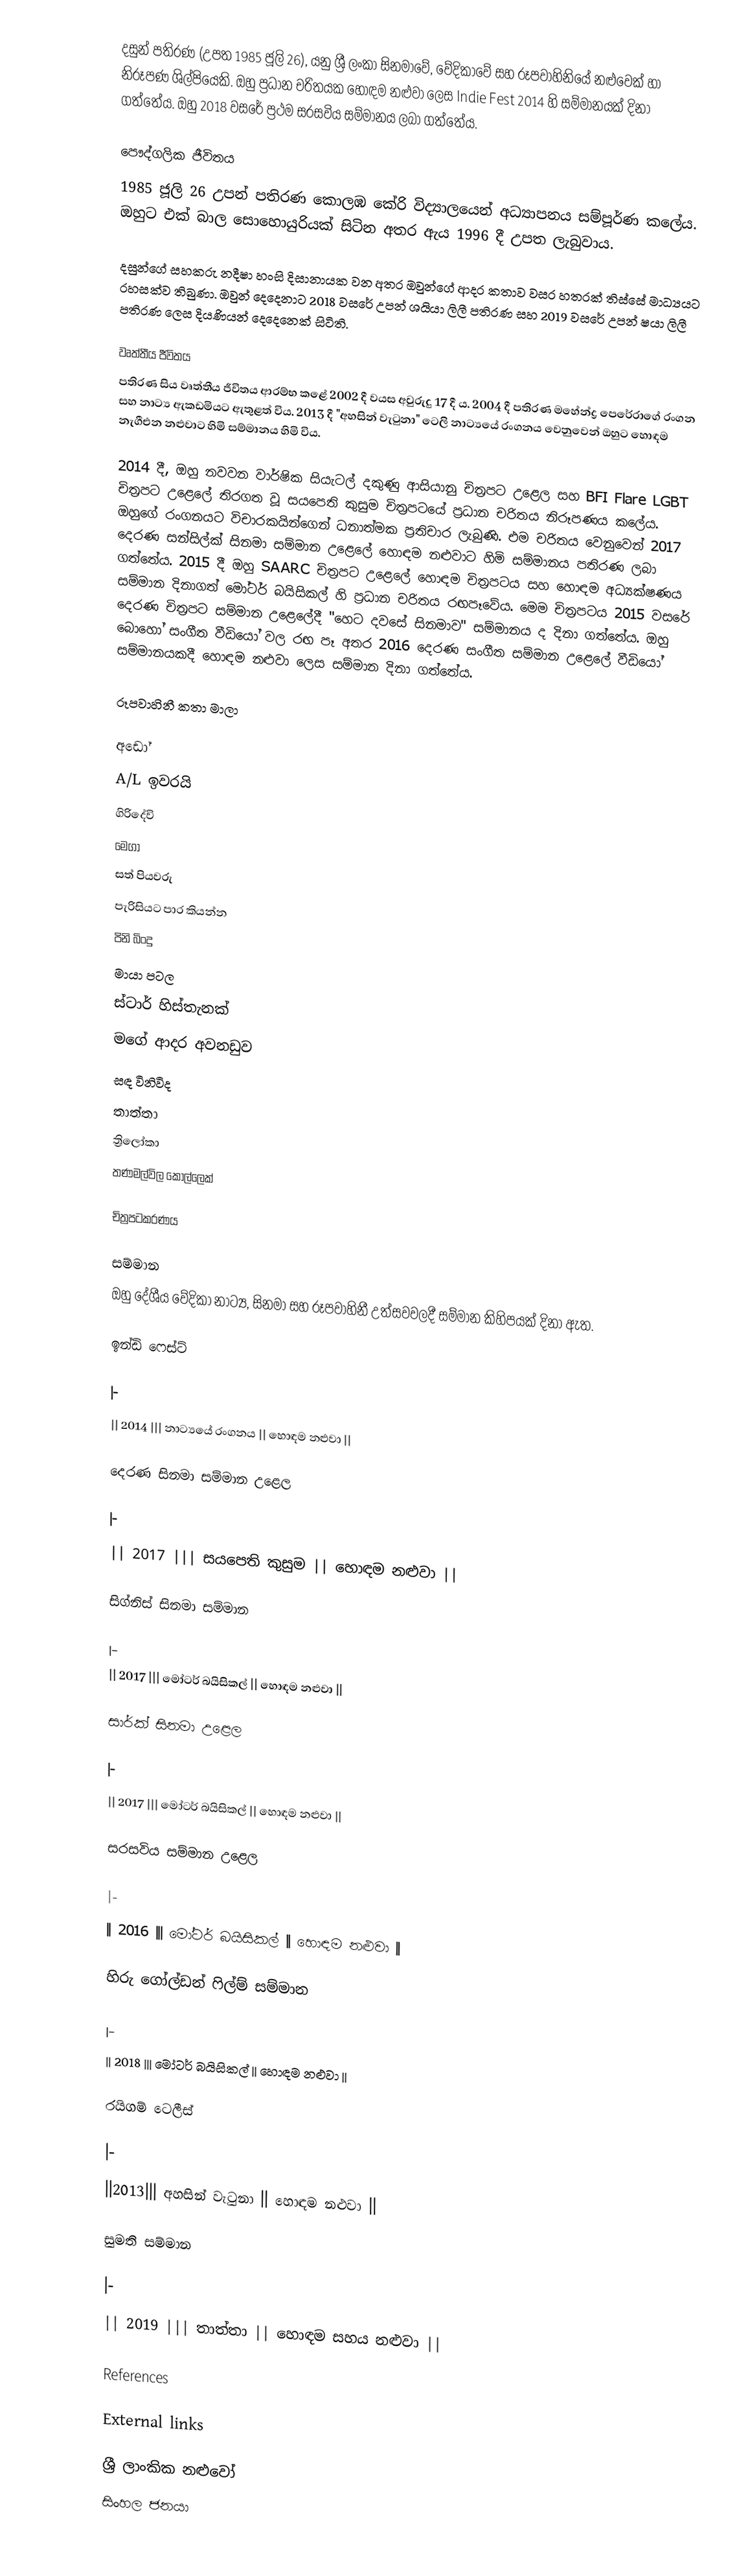
දසුන් පතිරණ (උපත 1985 ජූලි 26), යනු ශ්‍රී ලංකා සිනමාවේ, වේදිකාවේ සහ රූපවාහිනියේ නළුවෙක් හා නිරූපණ ශිල්පියෙකි. ඔහු ප්‍රධාන චරිතයක හොඳම නළුවා ලෙස Indie Fest 2014 හි සම්මානයක් දිනා ගත්තේය. ඔහු 2018 වසරේ ප්‍රථම සරසවිය සම්මානය ලබා ගත්තේය.

පෞද්ගලික ජීවිතය
1985 ජූලි 26 උපන් පතිරණ කොලඹ කේරි විද්‍යාලයෙන් අධ්‍යාපනය සම්පූර්ණ කලේය. ඔහුට එක් බාල සොහොයුරියක් සිටින අතර ඇය 1996 දී උපත ලැබුවාය.

දසුන්ගේ සහකරු නදීෂා හංසි දිසානායක වන අතර ඔවුන්ගේ ආදර කතාව වසර හතරක් තිස්සේ මාධ්‍යයට රහසක්ව තිබුණා. ඔවුන් දෙදෙනාට 2018 වසරේ උපන් ශයියා ලිලී පතිරණ සහ 2019 වසරේ උපන් ෂයා ලිලී පතිරණ ලෙස දියණියන් දෙදෙනෙක් සිටිති.

වෘත්තීය ජීවිතය
පතිරණ සිය වෘත්තීය ජීවිතය ආරම්භ කළේ 2002 දී වයස අවුරුදු 17 දී ය. 2004 දී පතිරණ මහේන්ද්‍ර පෙරේරාගේ රංගන සහ නාට්‍ය ඇකඩමියට ඇතුළත් විය. 2013 දී "අහසින් වැටුනා" ටෙලි නාට්‍යයේ රංගනය වෙනුවෙන් ඔහුට හොඳම නැගීඑන නළුවාට හිමි සම්මානය හිමි විය.

2014 දී, ඔහු නවවන වාර්ෂික සියැටල් දකුණු ආසියානු චිත්‍රපට උළෙල සහ BFI Flare LGBT චිත්‍රපට උළෙලේ තිරගත වූ සයපෙති කුසුම චිත්‍රපටයේ ප්‍රධාන චරිතය නිරූපණය කලේය. ඔහුගේ රංගනයට විචාරකයින්ගෙන් ධනාත්මක ප්‍රතිචාර ලැබුණි. එම චරිතය වෙනුවෙන් 2017 දෙරණ සන්සිල්ක් සිනමා සම්මාන උළෙලේ හොඳම නළුවාට හිමි සම්මානය පතිරණ ලබා ගත්තේය. 2015 දී ඔහු SAARC චිත්‍රපට උළෙලේ හොඳම චිත්‍රපටය සහ හොඳම අධ්‍යක්ෂණය සම්මාන දිනාගත් මෝටර් බයිසිකල් හි ප්‍රධාන චරිතය රඟපෑවේය. මෙම චිත්‍රපටය 2015 වසරේ දෙරණ චිත්‍රපට සම්මාන උළෙලේදී "හෙට දවසේ සිනමාව" සම්මානය ද දිනා ගත්තේය. ඔහු බොහෝ සංගීත වීඩියෝ වල රඟ පෑ අතර 2016 දෙරණ සංගීත සම්මාන උළෙලේ වීඩියෝ සම්මානයකදී හොඳම නළුවා ලෙස සම්මාන දිනා ගත්තේය.

රූපවාහිනී කතා මාලා

 අඩෝ
 A/L ඉවරයි
 ගිරිදේවි
 මෙගා
 සත් පියවරු
 පැරිසියට පාර කියන්න
 පිනි බිංදු
 මායා පටල
 ස්ටාර් හිස්තැනක්
 මගේ ආදර අවනඩුව
 සඳ විනිවිද
 තාත්තා
 ත්‍රිලෝකා
 තණමල්විල කොල්ලෙක්

චිත්‍රපටකරණය

සම්මාන
ඔහු දේශීය වේදිකා නාට්‍ය, සිනමා සහ රූපවාහිනී උත්සවවලදී සම්මාන කිහිපයක් දිනා ඇත.

ඉන්ඩි ෆෙස්ට්

|-
|| 2014 ||| නාට්‍යයේ රංගනය || හොඳම නළුවා ||

දෙරණ සිනමා සම්මාන උළෙල

|-
|| 2017 ||| සයපෙති කුසුම || හොඳම නළුවා ||

සිග්නිස් සිනමා සම්මාන

|-
|| 2017 ||| මෝටර් බයිසිකල් || හොඳම නළුවා ||

සාර්ක් සිනමා උළෙල

|-
|| 2017 ||| මෝටර් බයිසිකල් || හොඳම නළුවා ||

සරසවිය සම්මාන උළෙල

|-
|| 2016 ||| මෝටර් බයිසිකල් || හොඳම නළුවා ||

හිරු ගෝල්ඩන් ෆිල්ම් සම්මාන

|-
|| 2018 ||| මෝටර් බයිසිකල් || හොඳම නළුවා ||

රයිගම් ටෙලීස්

|-
||2013||| අහසින් වැටුනා || හොඳම නළුවා ||

සුමති සම්මාන

|-
|| 2019 ||| තාත්තා || හොඳම සහය නළුවා ||

References

External links

ශ්‍රී ලාංකික නළුවෝ
සිංහල ජනයා